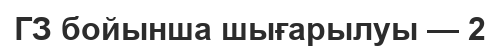
ГЗ бойынша шығарылуы — 2